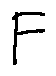
F